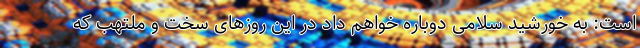
است: به خورشید سلامی دوباره خواهم داد در این روزهای سخت و ملتهب که